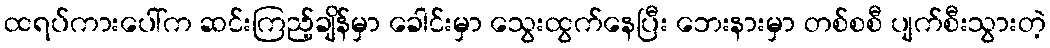
ထရပ်ကားပေါ်က ဆင်းကြည့်ချိန်မှာ ခေါင်းမှာ သွေးထွက်နေပြီး ဘေးနားမှာ တစ်စစီ ပျက်စီးသွားတဲ့